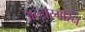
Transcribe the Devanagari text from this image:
अल्ट्रारमेरिन